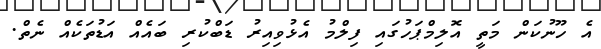
އެ ހޫނުކަން މަތީ އޮލިމްޕަހުގައި ފިލްމު އެޅުވިއިރު ޑަބްކުރި ބައެއް އަޑުތަކެއް ނެތް.